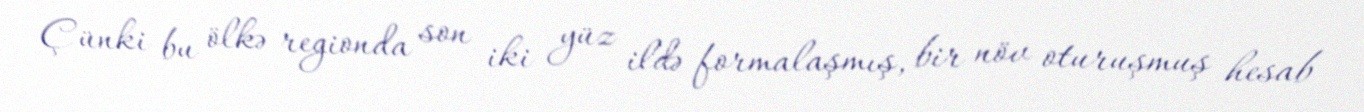
Çünki bu ölkə regionda son iki yüz ildə formalaşmış, bir növ oturuşmuş hesab